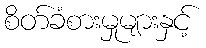
စိတ်ခံစားမှုများနှင့်